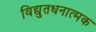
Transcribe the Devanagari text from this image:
विद्युतधनात्मक